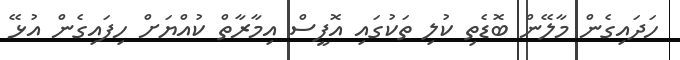
ހަދައިގެން މާލޭން ބޮޑެތި ކުލި ތަކުގައި އޮފީސް އިމާރާތް ކުއްޔަށް ހިފައިގެން އުޅޭ